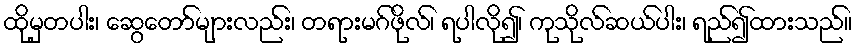
ထိုမှတပါး၊ ဆွေတော်များလည်း၊ တရားမဂ်ဖိုလ်၊ ရပါလို၍၊ ကုသိုလ်ဆယ်ပါး၊ ရည်၍ထားသည်။